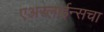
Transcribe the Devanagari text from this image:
एअरलाईन्सचा